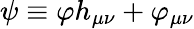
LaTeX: \psi\equiv\varphi h_{\mu\nu}+\varphi_{\mu\nu}